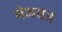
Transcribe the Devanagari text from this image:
मेजवत